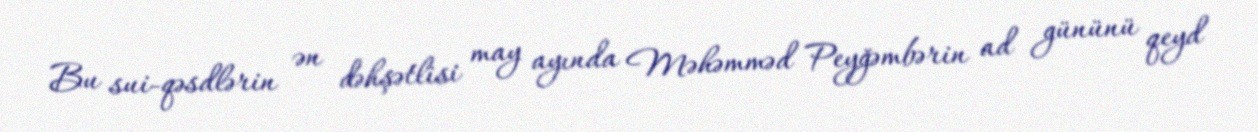
Bu sui-qəsdlərin ən dəhşətlisi may ayında Məhəmməd Peyğəmbərin ad gününü qeyd